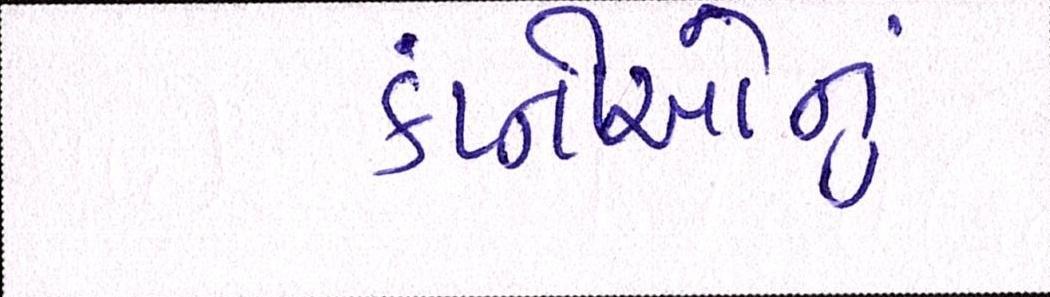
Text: કંપ્નીઓનું